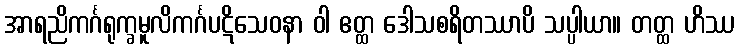
အာရညိကင်္ဂရုက္ခမူလိကင်္ဂပဋိသေဝနာ ဝါ ဧတ္ထ ဒေါသစရိတဿာပိ သပ္ပါယာ။ တတ္ထ ဟိဿ